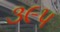
૩૯૫